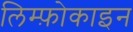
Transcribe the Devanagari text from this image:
लिम्फ़ोकाइन